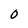
Character: 0